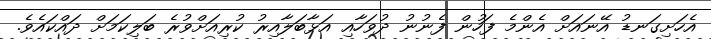
އެހަށިގަނޑު އޭނައަށް އެންމެ ފަހުން ފެނުނު ދުވަހާއި އަޅާބަލާއިރު ކުރިއަށްވުރެ ބަލިކަމަށް ދައްކައެވެ.